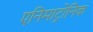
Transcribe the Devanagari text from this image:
एनिमाट्रोनिक